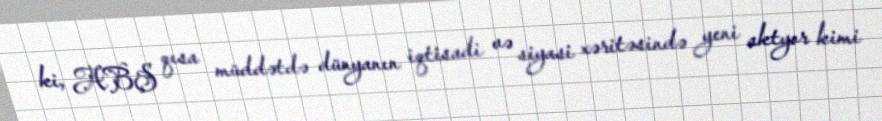
ki, ABŞ qısa müddətdə dünyanın iqtisadi və siyasi xəritəsində yeni aktyor kimi